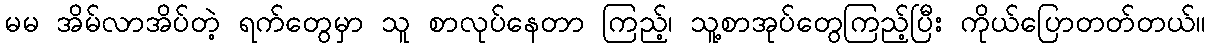
မမ အိမ်လာအိပ်တဲ့ ရက်တွေမှာ သူ စာလုပ်နေတာ ကြည့်၊ သူ့စာအုပ်တွေကြည့်ပြီး ကိုယ်ပြောတတ်တယ်။